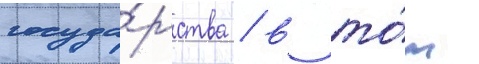
госуда́рства / в то́м